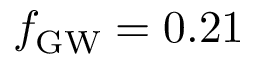
\ensuremath { f _ { \mathrm { G W } } } = 0 . 2 1